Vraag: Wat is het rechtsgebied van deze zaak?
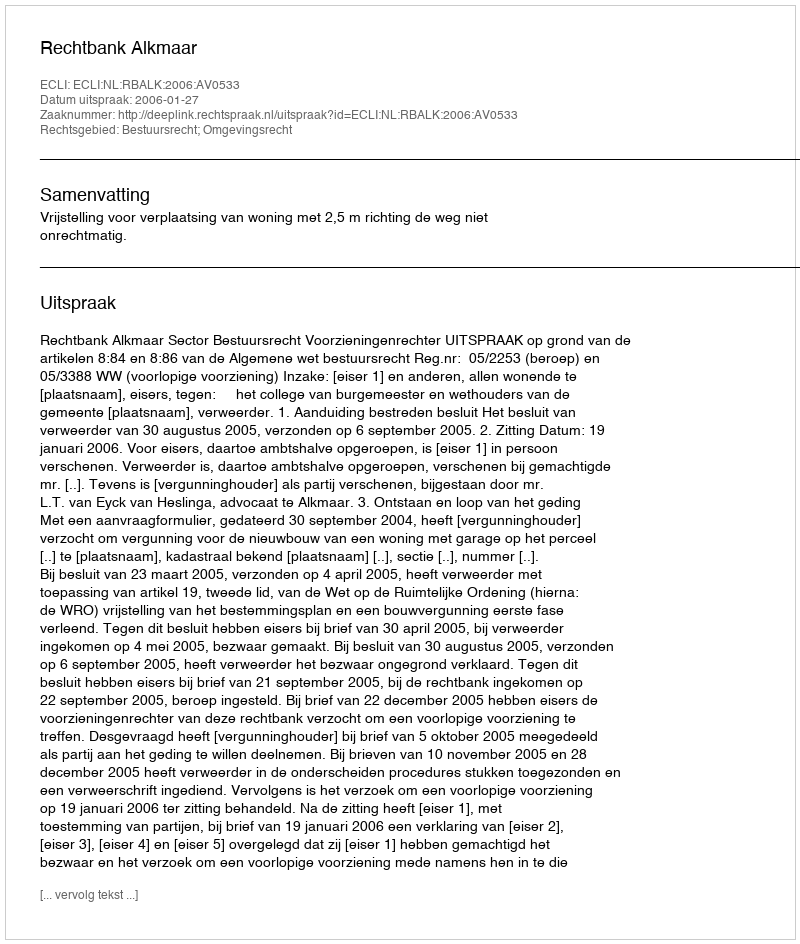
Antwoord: Bestuursrecht; Omgevingsrecht